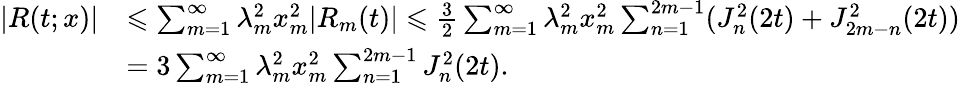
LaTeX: \begin{array}{rl}{|R(t;x)|}&{\leqslant\sum_{m=1}^{\infty}\lambda_{m}^{2}x_{m}^{2}|R_{m}(t)|\leqslant\frac{3}{2}\sum_{m=1}^{\infty}\lambda_{m}^{2}x_{m}^{2}\sum_{n=1}^{2m-1}(J_{n}^{2}(2t)+J_{2m-n}^{2}(2t))}\\ &{=3\sum_{m=1}^{\infty}\lambda_{m}^{2}x_{m}^{2}\sum_{n=1}^{2m-1}J_{n}^{2}(2t).}\end{array}